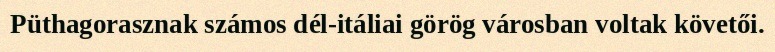
Püthagorasznak számos dél-itáliai görög városban voltak követői.